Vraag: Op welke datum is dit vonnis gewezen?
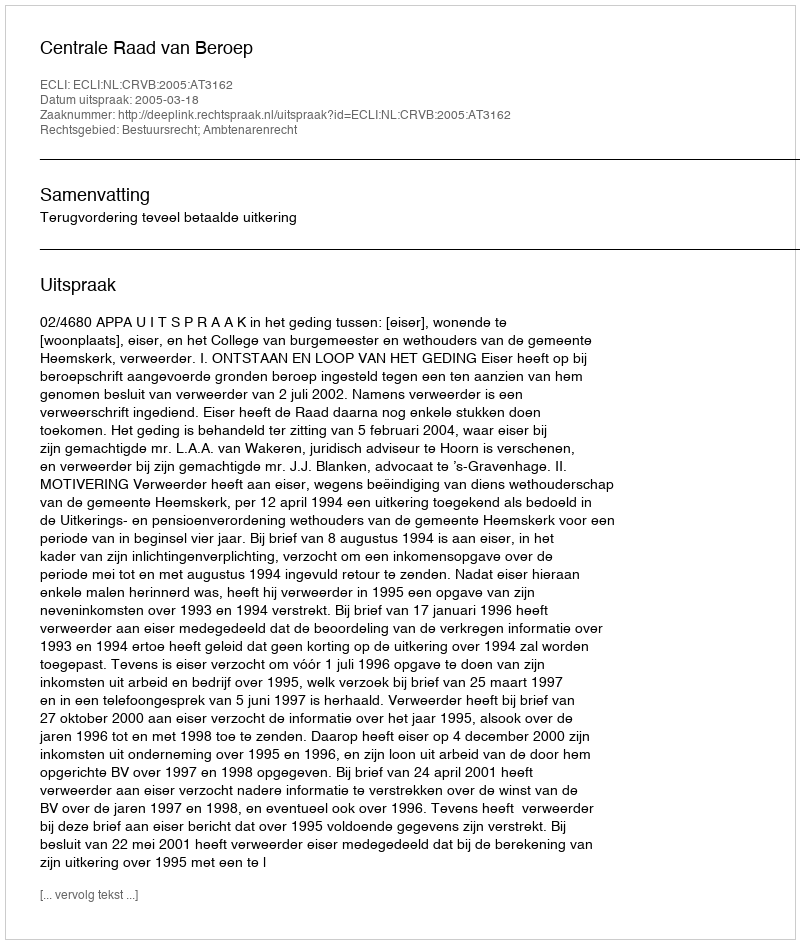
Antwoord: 2005-03-18